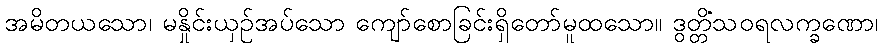
အမိတယသော၊ မနှိုင်းယှဉ်အပ်သော ကျော်စောခြင်းရှိတော်မူထသော။ ဒွတ္တိံသဝရလက္ခဏော၊